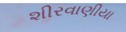
શીરવાણીયા